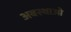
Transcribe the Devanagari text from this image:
अबस्थाओ